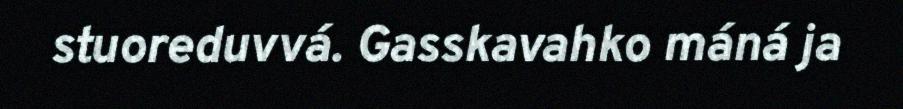
stuoreduvvá. Gasskavahko máná ja